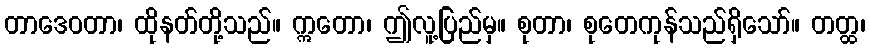
တာဒေဝတာ၊ ထိုနတ်တို့သည်။ ဣတော၊ ဤလူ့ပြည်မှ။ စုတာ၊ စုတေကုန်သည်ရှိသော်။ တတ္ထ၊